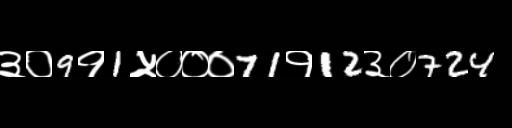
Text: ३०9१1५०००71१12३०724